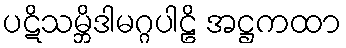
ပဋိသမ္ဘိဒါမဂ္ဂပါဠိ အဋ္ဌကထာ